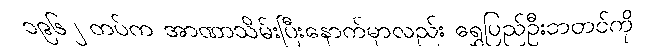
၁၉၆၂ တပ်က အာဏာသိမ်းပြီးနောက်မှာလည်း ရွှေပြည်ဦးဘတင်ကို